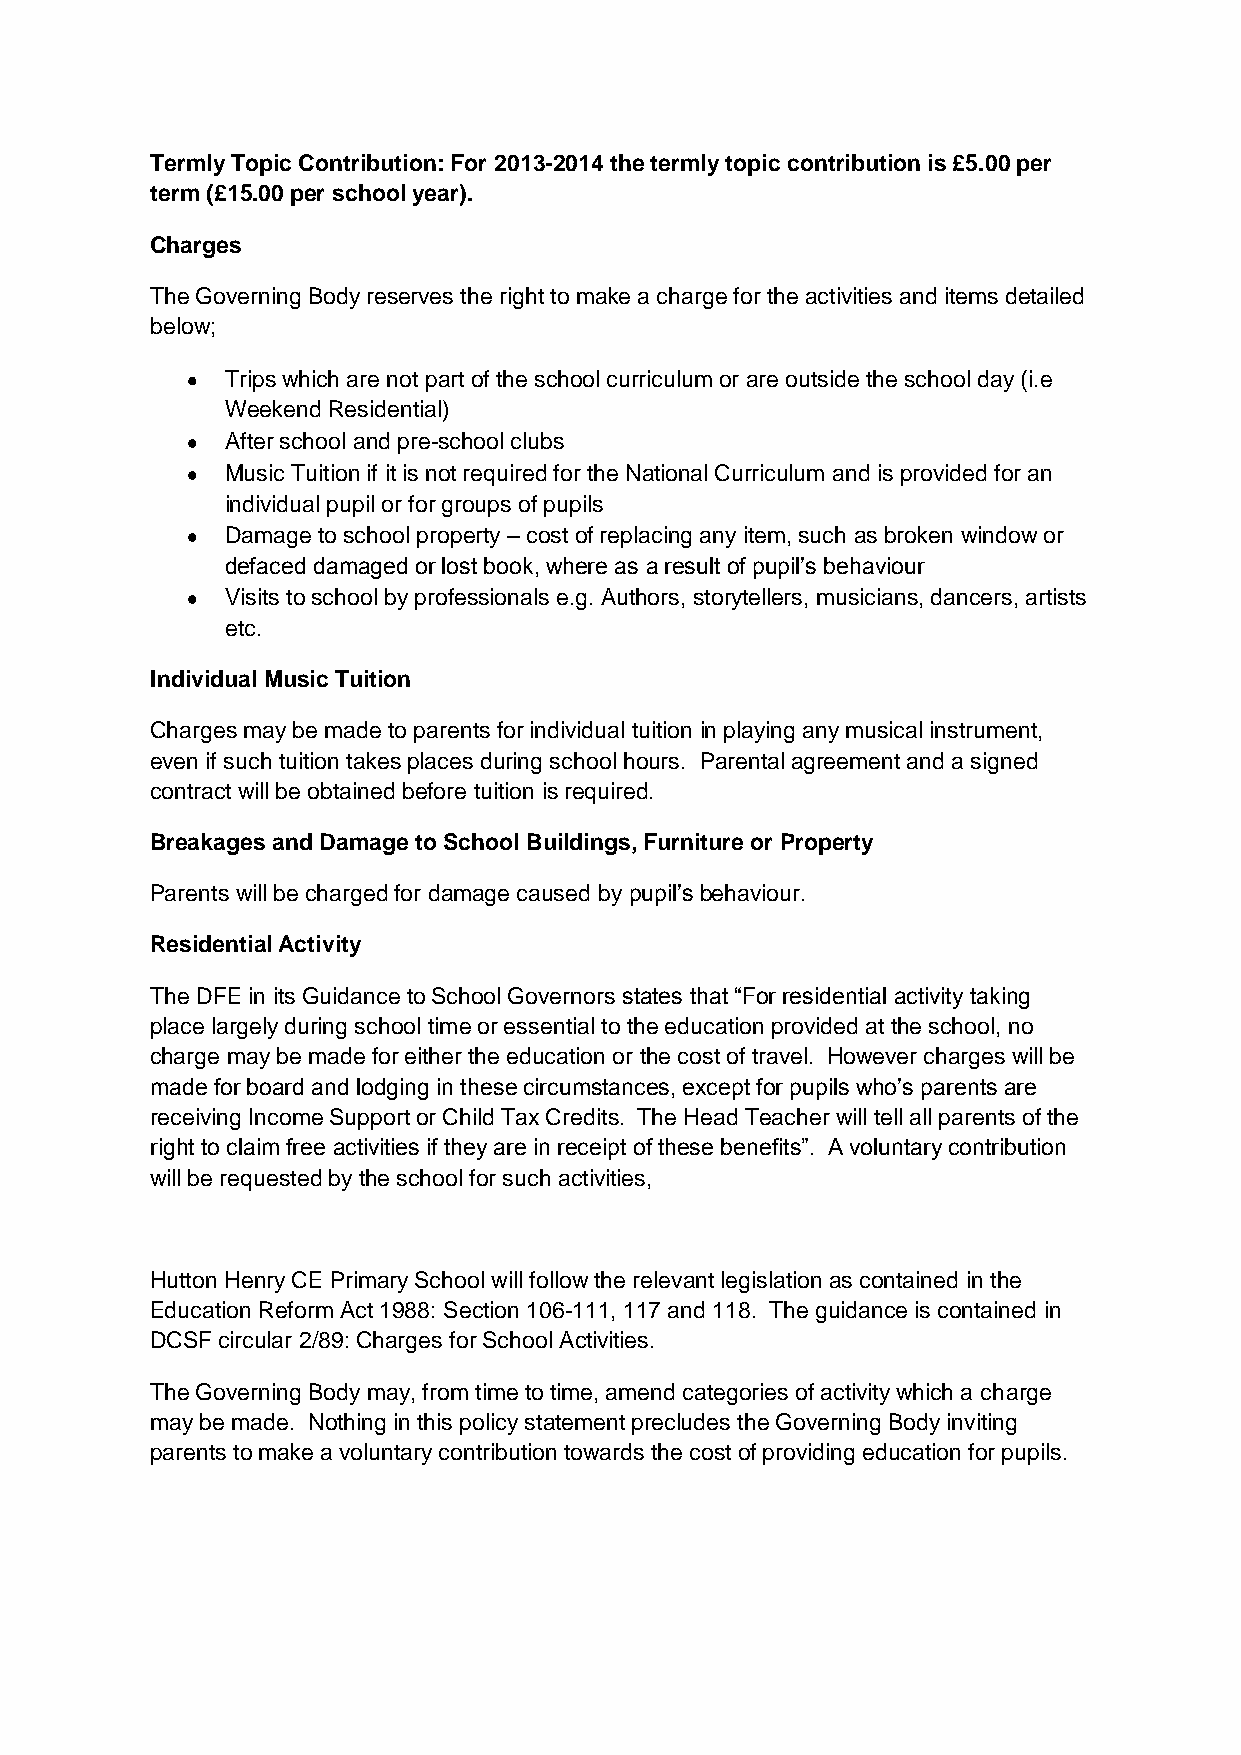
Termly Topic Contribution: For 2013-2014 the termly topic contribution is £5.00 per
 term (£15.00 per school year).
 Charges
 The Governing Body reserves the right to make a charge for the activities and items detailed
 below;
 Trips which are not part of the school curriculum or are outside the school day (i.e
 Weekend Residential)
 After school and pre-school clubs
 Music Tuition if it is not required for the National Curriculum and is provided for an
 individual pupil or for groups of pupils
 Damage to school property – cost of replacing any item, such as broken window or
 defaced damaged or lost book, where as a result of pupil’s behaviour
 Visits to school by professionals e.g. Authors, storytellers, musicians, dancers, artists
 etc.
 Individual Music Tuition
 Charges may be made to parents for individual tuition in playing any musical instrument,
 even if such tuition takes places during school hours. Parental agreement and a signed
 contract will be obtained before tuition is required.
 Breakages and Damage to School Buildings, Furniture or Property
 Parents will be charged for damage caused by pupil’s behaviour.
 Residential Activity
 The DFE in its Guidance to School Governors states that “For residential activity taking
 place largely during school time or essential to the education provided at the school, no
 charge may be made for either the education or the cost of travel. However charges will be
 made for board and lodging in these circumstances, except for pupils who’s parents are
 receiving Income Support or Child Tax Credits. The Head Teacher will tell all parents of the
 right to claim free activities if they are in receipt of these benefits”. A voluntary contribution
 will be requested by the school for such activities,
 Hutton Henry CE Primary School will follow the relevant legislation as contained in the
 Education Reform Act 1988: Section 106-111, 117 and 118. The guidance is contained in
 DCSF circular 2/89: Charges for School Activities.
 The Governing Body may, from time to time, amend categories of activity which a charge
 may be made. Nothing in this policy statement precludes the Governing Body inviting
 parents to make a voluntary contribution towards the cost of providing education for pupils.